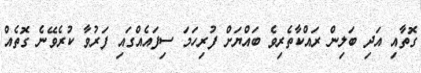
ގޮތާއި އަދި ބަލިން ރައްކާތެރިވެ ބައްޔަށް ފުރިހަމަ ސިފައެއްގައި ފަރުވާ ކުރެވޭނެ ގޮތެއް